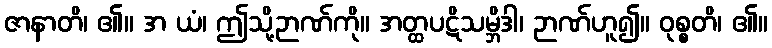
ဇာနာတိ၊ ၏။ အ ယံ၊ ဤသို့ဉာဏ်ကို။ အတ္ထပဋိသမ္ဘိဒါ၊ ဉာဏ်ဟူ၍။ ဝုစ္စတိ၊ ၏။